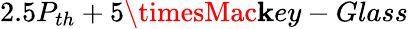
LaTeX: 2.5P_{th}+5\timesMac\mathbf{k}ey-Glass